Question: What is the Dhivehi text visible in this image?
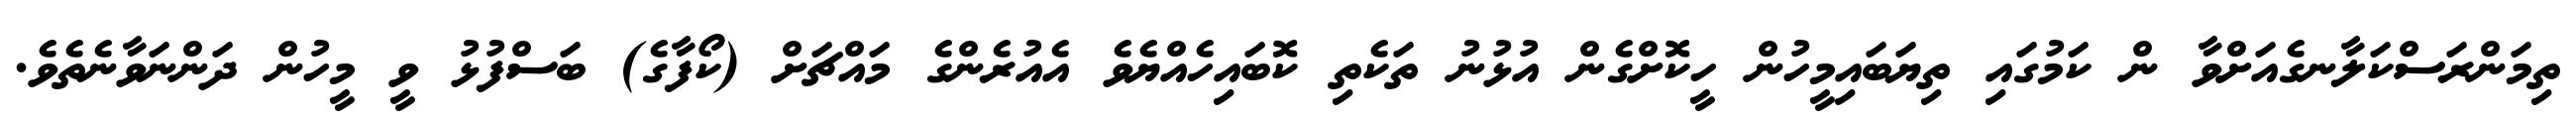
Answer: ތިމަންރަސްކަލާނގެއަށްވާ ން ކަމުގައި ތިޔަބައިމީހުން ހީކޮށްގެން އުޅުނު ތަކެތި ކޮބައިހެއްޔެވެ އެއުރެންގެ މައްޗަށް (ކޯފާގެ) ބަސްފުޅު ވީ މީހުން ދަންނަވާނެތެވެ.